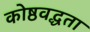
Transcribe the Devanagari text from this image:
कोष्ठवद्धता